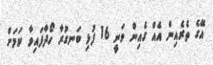
އޭގެ ތެރެއިން އެއް ގެއިން ވަނީ 16 ފުޅި ބަނގުރާ ހޯދާފައިވާ ކަމަށް